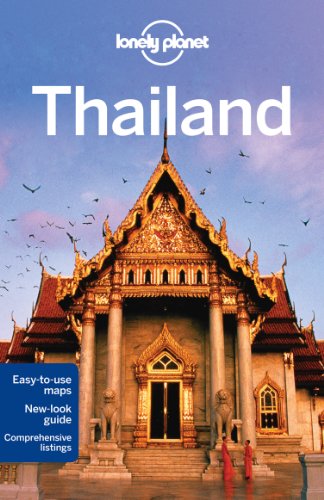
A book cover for Lonely Planet Thailand (Travel Guide); Lonely Planet; Travel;